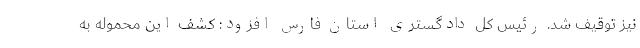
نیز توقیف شد. رئیس کل دادگستری استان فارس افزود: کشف این محموله به